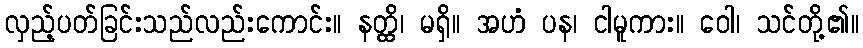
လှည့်ပတ်ခြင်းသည်လည်းကောင်း။ နတ္ထိ၊ မရှိ။ အဟံ ပန၊ ငါမူကား။ ဝေါ၊ သင်တို့၏။